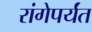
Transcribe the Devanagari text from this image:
रांगेपर्यंत